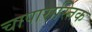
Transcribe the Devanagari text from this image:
चापारास्तिक